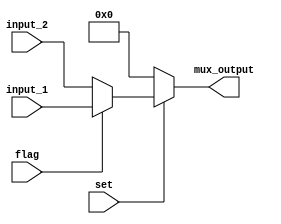
module Mux_PC(input_1, input_2, set, flag, mux_output);
	input [31:0] input_1, input_2;
	input flag, set;
	output reg [31:0] mux_output;
	
	always @ (*) begin
		if (set) begin 
			if (flag) begin
				mux_output <= input_1;
			end
			else begin
				mux_output <= input_2;
			end
		end
		else begin
			mux_output <= 32'b00000000000000000000000000000000;
		end
	end 
endmodule